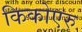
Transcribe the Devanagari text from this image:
किकोएरु